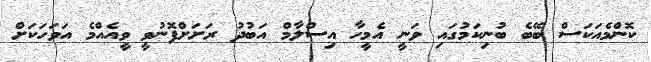
ކޮންމެއަކަސް ބޭބެ ބުނިކަމުގައި ވަނީ އެމީހާ އިސްލާމް އަބުދު ރަށަށްފޮނުވީ ވީއެއްމެ އަވަހަކަށް